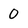
Character: 0